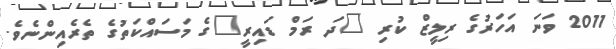
2011 ވަނަ އަހަރުގެ ރިލީޒް ކުރި "ދަ ރަމް ޑައިރީ"ގެ މަސައްކަތުގެ ތެރެއިންނެވެ.